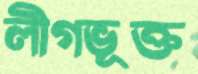
লীগভূক্ত